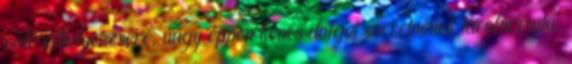
polc elhelyezésére, vagy éppen kevés dolgot szeretnének tárolni rajta.